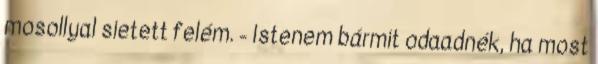
mosollyal sietett felém. - Istenem bármit odaadnék, ha most